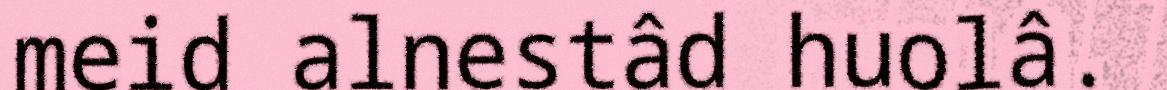
meid alnestâd huolâ.